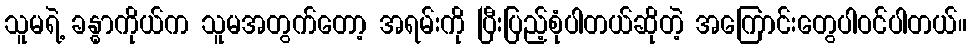
သူမရဲ့ ခန္ဓာကိုယ်က သူမအတွက်တော့ အရမ်းကို ပြီးပြည့်စုံပါတယ်ဆိုတဲ့ အကြောင်းတွေပါဝင်ပါတယ်။